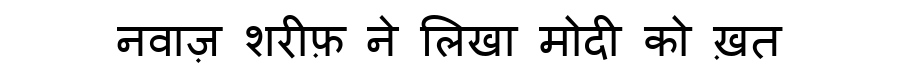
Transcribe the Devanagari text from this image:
नवाज़ शरीफ़ ने लिखा मोदी को ख़त